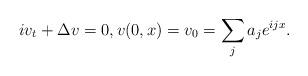
LaTeX: \begin{align*}iv_{t}+\Delta v=0,v(0,x)=v_{0}=\sum_{j}a_{j}e^{ijx}.\end{align*}